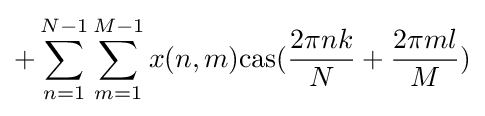
+\sum _{n=1}^{N-1}\sum _{m=1}^{M-1}x(n,m){\rm {cas}}({\frac {2\pi nk}{N}}+{\frac {2\pi ml}{M}})